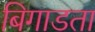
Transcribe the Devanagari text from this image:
बिगाडता